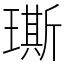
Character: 𤩐